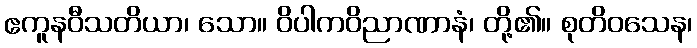
ဧကူနဝီသတိယာ၊ သော။ ဝိပါကဝိညာဏာနံ၊ တို့၏။ စုတိဝသေန၊